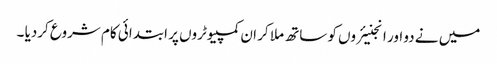
میں نے دو اور انجنیئروں کو ساتھ ملا کر ان کمپیوٹروں پر ابتدائی کام شروع کردیا ۔